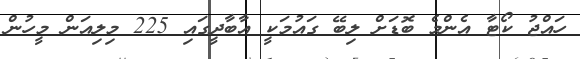
ހައްޖު ކޯޓާ އެންމެ ބޮޑަށް ލިބޭ ގައުމަކީ އާބާދީގައި 225 މިލިއަން މީހުން